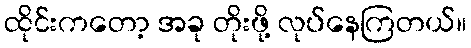
ထိုင်းကတော့ အခု တိုးဖို့ လုပ်နေကြတယ်။